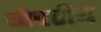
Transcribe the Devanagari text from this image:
नेपरीय